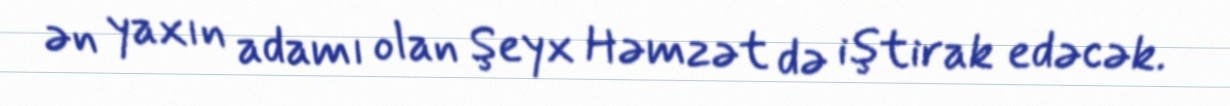
ən yaxın adamı olan Şeyx Həmzət də iştirak edəcək.